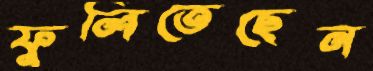
ফুলিতেছেন